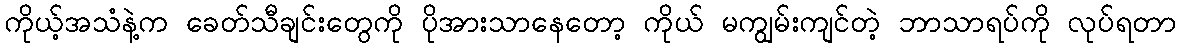
ကိုယ့်အသံနဲ့က ခေတ်သီချင်းတွေကို ပိုအားသာနေတော့ ကိုယ် မကျွမ်းကျင်တဲ့ ဘာသာရပ်ကို လုပ်ရတာ